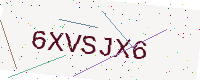
Text: 6XVSJX6